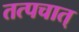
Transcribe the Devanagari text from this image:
तत्पचात्